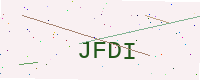
Text: JFDI